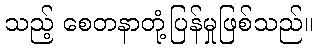
သည့် စေတနာတုံ့ပြန်မှုဖြစ်သည်။